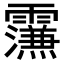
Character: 𮦼